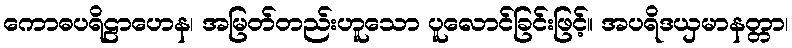
ကောဓပရိဠာဟေန၊ အမြတ်တည်းဟူသော ပူလောင်ခြင်းဖြင့်။ အပရိဒယှမာနတ္တာ၊